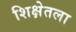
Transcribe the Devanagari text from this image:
शिक्षेतला